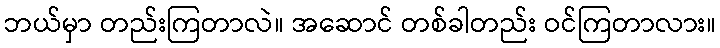
ဘယ်မှာ တည်းကြတာလဲ။ အဆောင် တစ်ခါတည်း ဝင်ကြတာလား။